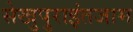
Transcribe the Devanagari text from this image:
सेखुपुराइंतजाम